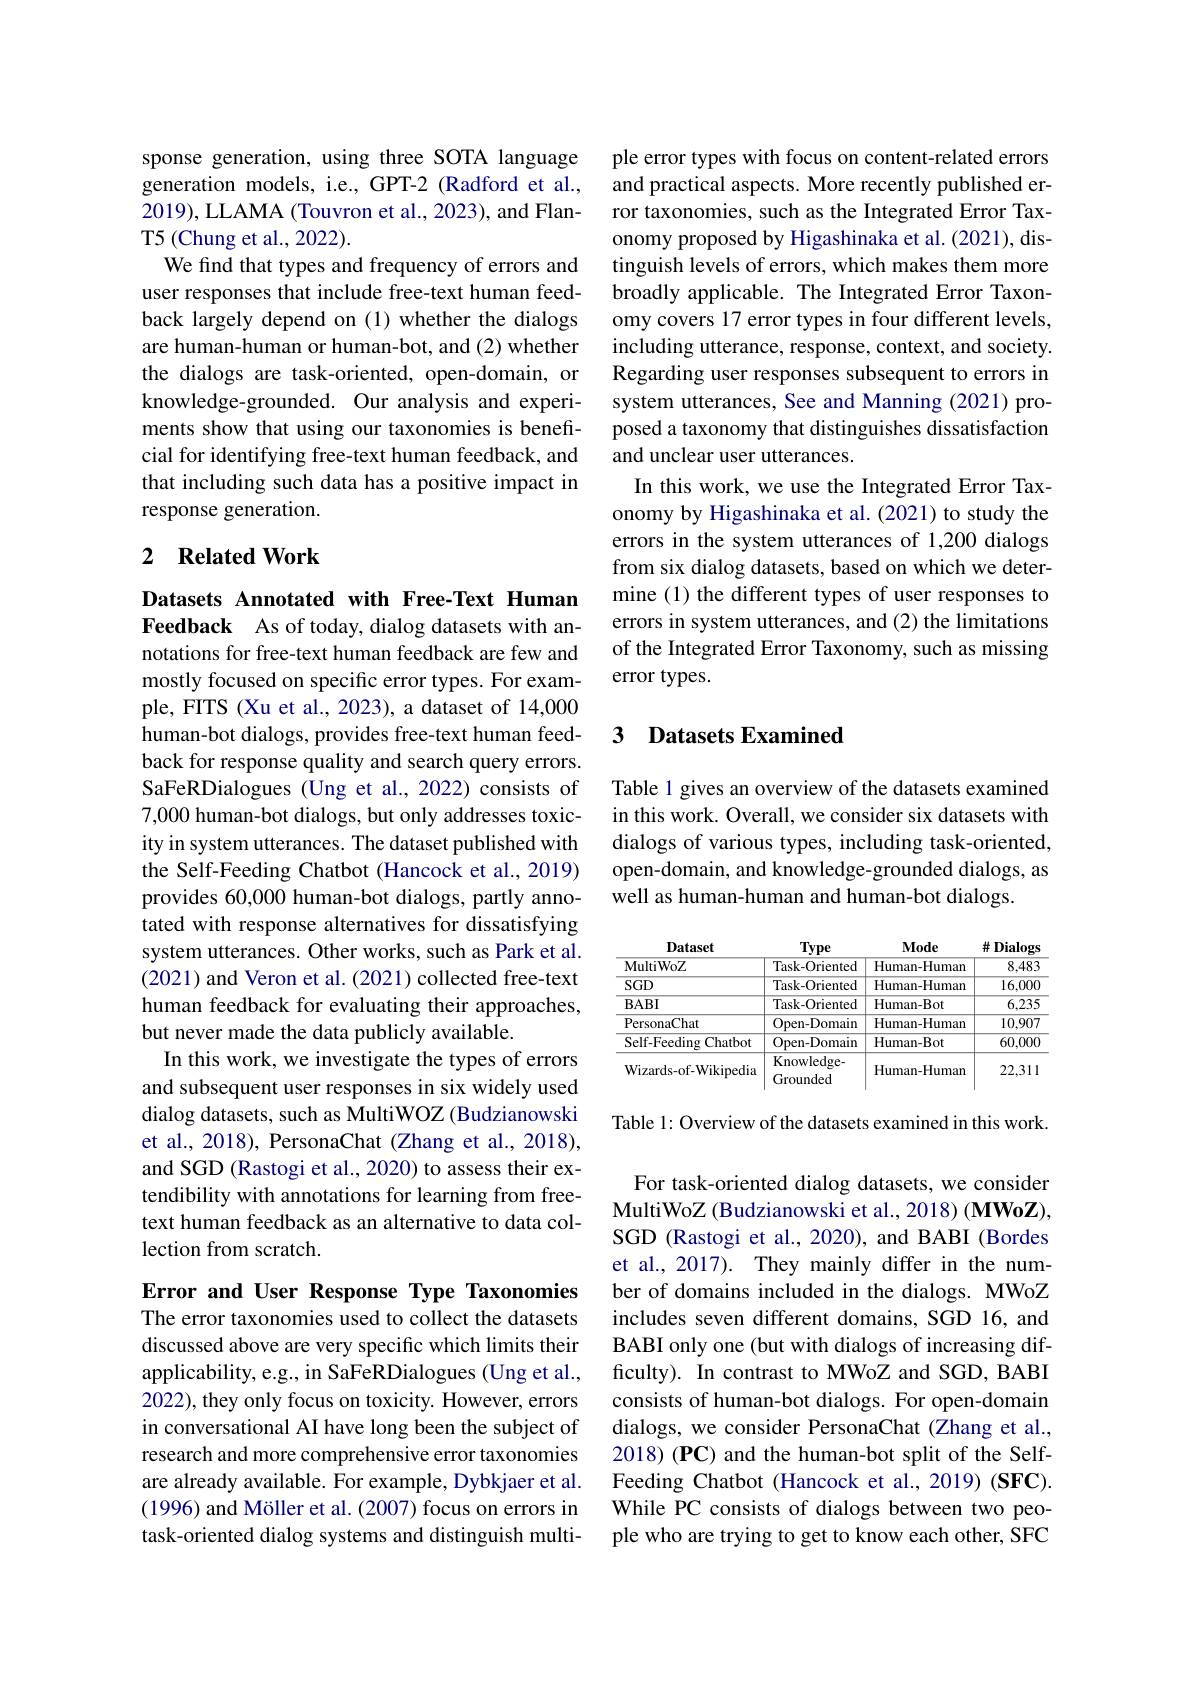
sponse generation, using three SOTA language generation models, i.e., GPT-2 (Radford et al., 2019), LLAMA (Touvron et al., 2023), and FlanT5 (Chung et al., 2022).
We find that types and frequency of errors and user responses that include free-text human feedback largely depend on(1) whether the dialogs are human-human or human-bot, and (2) whether the dialogs are task-oriented, open-domain, or knowledge-grounded. Our analysis and experiments show that using our taxonomies is beneficial for identifying free-text human feedback, and that including such data has a positive impact in response generation.

### 2 $\textbf{Related Work}$

Datasets Annotated with Free-Text Human Feedback As of today, dialog datasets with annotations for free-text human feedback are few and mostly focused on specific error types. For example, FITS (Xu et al., 2023), a dataset of 14,000 human-bot dialogs, provides free-text human feedback for response quality and search query errors. SaFeRDialogues (Ung et al., 2022) consists of 7,000 human-bot dialogs, but only addresses toxicity in system utterances. The dataset published with the Self-Feeding Chatbot (Hancock et al., 2019) provides 60,000 human-bot dialogs, partly annotated with response alternatives for dissatisfying system utterances. Other works, such as Park et al. (2021) and Veron et al. (2021) collected free-text human feedback for evaluating their approaches, but never made the data publicly available.
In this work, we investigate the types of errors and subsequent user responses in six widely used dialog datasets, such as MultiWOZ (Budzianowski et al., 2018), PersonaChat (Zhang et al., 2018), and SGD (Rastogi et al., 2020) to assess their extendibility with annotations for learning from freetext human feedback as an alternative to data collection from scratch.

Error and User Response Type Taxonomies The error taxonomies used to collect the datasets discussed above are very specific which limits their applicability, e.g., in SaFeRDialogues (Ung et al., 2022), they only focus on toxicity. However, errors in conversational AI have long been the subject of research and more comprehensive error taxonomies are already available. For example, Dybkjaer et al. (1996) and Möller et al. (2007) focus on errors in task-oriented dialog systems and distinguish multi-

ple error types with focus on content-related errors and practical aspects. More recently published error taxonomies, such as the Integrated Error Taxonomy proposed by Higashinaka et al.(2021), distinguish levels of errors, which makes them more broadly applicable. The Integrated Error Taxonomy covers 17 error types in four different levels, including utterance, response, context, and society. Regarding user responses subsequent to errors in system utterances, See and Manning (2021) proposed a taxonomy that distinguishes dissatisfaction and unclear user utterances.
In this work, we use the Integrated Error Taxonomy by Higashinaka et al. (2021) to study the errors in the system utterances of 1,200 dialogs from six dialog datasets, based on which we determine (1) the different types of user responses to errors in system utterances, and (2) the limitations of the Integrated Error Taxonomy, such as missing error types.

### 3 Datasets Examined

Table 1 gives an overview of the datasets examined in this work. Overall, we consider six datasets with dialogs of various types, including task-oriented, open-domain, and knowledge-grounded dialogs, as well as human-human and human-bot dialogs.

<table>
	<tbody>
		<tr>
			<th>Dataset</th>
			<th>Type</th>
			<th>Mode</th>
			<th>井 Dialogs</th>
		</tr>
		<tr>
			<td>MultiWoZ</td>
			<td>Task-Oriented</td>
			<td>Human-Human</td>
			<td>8,483</td>
		</tr>
		<tr>
			<td>$SGD$</td>
			<td>Task-Oriented</td>
			<td>Human-Human</td>
			<td>16,000</td>
		</tr>
		<tr>
			<td>$BABI$</td>
			<td>Task-Oriented</td>
			<td>Human-Bot</td>
			<td>6,235</td>
		</tr>
		<tr>
			<td>PersonaChat</td>
			<td>Open-Domain</td>
			<td>Human-Human</td>
			<td>10,907</td>
		</tr>
		<tr>
			<td>Self-Feeding Chatbot</td>
			<td>Open- Domain</td>
			<td>Human-Bot</td>
			<td>60,000</td>
		</tr>
		<tr>
			<td>Wizards- of- Wikipedia</td>
			<td>Knowledge- Grounded</td>
			<td>Human-Human</td>
			<td>22,311</td>
		</tr>
	</tbody>
</table>

Table 1: Overview of the datasets examined in this work.

For task-oriented dialog datasets, we consider MultiWoZ (Budzianowski et al., 2018) (MWoZ), SGD (Rastogi et al., 2020), and BABI (Bordes et al., 2017). They mainly differ in the number of domains included in the dialogs. MWoZ includes seven different domains, SGD 16, and BABI only one (but with dialogs of increasing difficulty). In contrast to MWoZ and SGD, BABI consists of human-bot dialogs. For open-domain dialogs, we consider PersonaChat (Zhang et al., 2018) (PC) and the human-bot split of the SelfFeeding Chatbot (Hancock et al., 2019) (SFC). While PC consists of dialogs between two people who are trying to get to know each other, SFC